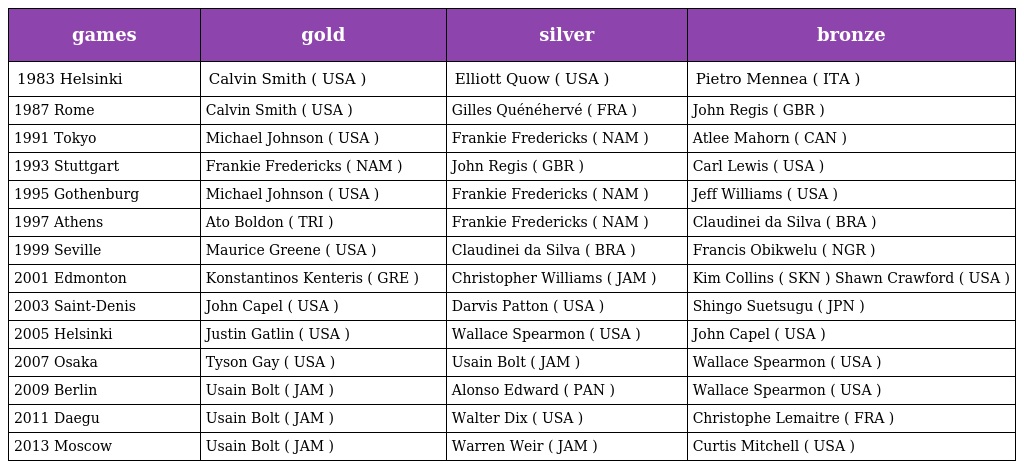
| games | gold | silver | bronze |
 | --- | --- | --- | --- |
 | 1983 Helsinki | Calvin Smith ( USA ) | Elliott Quow ( USA ) | Pietro Mennea ( ITA ) |
 | 1987 Rome | Calvin Smith ( USA ) | Gilles Quénéhervé ( FRA ) | John Regis ( GBR ) |
 | 1991 Tokyo | Michael Johnson ( USA ) | Frankie Fredericks ( NAM ) | Atlee Mahorn ( CAN ) |
 | 1993 Stuttgart | Frankie Fredericks ( NAM ) | John Regis ( GBR ) | Carl Lewis ( USA ) |
 | 1995 Gothenburg | Michael Johnson ( USA ) | Frankie Fredericks ( NAM ) | Jeff Williams ( USA ) |
 | 1997 Athens | Ato Boldon ( TRI ) | Frankie Fredericks ( NAM ) | Claudinei da Silva ( BRA ) |
 | 1999 Seville | Maurice Greene ( USA ) | Claudinei da Silva ( BRA ) | Francis Obikwelu ( NGR ) |
 | 2001 Edmonton | Konstantinos Kenteris ( GRE ) | Christopher Williams ( JAM ) | Kim Collins ( SKN ) Shawn Crawford ( USA ) |
 | 2003 Saint-Denis | John Capel ( USA ) | Darvis Patton ( USA ) | Shingo Suetsugu ( JPN ) |
 | 2005 Helsinki | Justin Gatlin ( USA ) | Wallace Spearmon ( USA ) | John Capel ( USA ) |
 | 2007 Osaka | Tyson Gay ( USA ) | Usain Bolt ( JAM ) | Wallace Spearmon ( USA ) |
 | 2009 Berlin | Usain Bolt ( JAM ) | Alonso Edward ( PAN ) | Wallace Spearmon ( USA ) |
 | 2011 Daegu | Usain Bolt ( JAM ) | Walter Dix ( USA ) | Christophe Lemaitre ( FRA ) |
 | 2013 Moscow | Usain Bolt ( JAM ) | Warren Weir ( JAM ) | Curtis Mitchell ( USA ) |